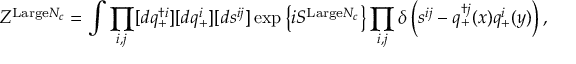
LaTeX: Z ^ { \mathrm { L a r g e } N _ { c } } = \int \prod _ { i , j } [ d q _ { + } ^ { \dag i } ] [ d q _ { + } ^ { i } ] [ d s ^ { i j } ] \exp \left\{ i S ^ { \mathrm { L a r g e } N _ { c } } \right\} \prod _ { i , j } \delta \left( s ^ { i j } - q _ { + } ^ { \dag j } ( x ) q _ { + } ^ { i } ( y ) \right) ,